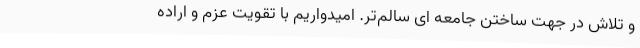
و تلاش در جهت ساختن جامعه ای سالم‌تر. امیدواریم با تقویت عزم و اراده